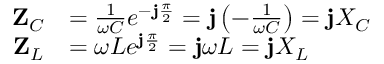
{ \begin{array} { r l } { \mathbf { Z } _ { C } } & { = { \frac { 1 } { \omega C } } e ^ { - \mathbf { j } { \frac { \pi } { 2 } } } = \mathbf { j } \left( { - { \frac { 1 } { \omega C } } } \right) = \mathbf { j } X _ { C } } \\ { \mathbf { Z } _ { L } } & { = \omega L e ^ { \mathbf { j } { \frac { \pi } { 2 } } } = \mathbf { j } \omega L = \mathbf { j } X _ { L } \quad } \end{array} }